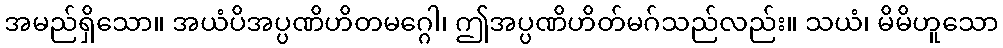
အမည်ရှိသော။ အယံပိအပ္ပဏိဟိတမဂ္ဂေါ၊ ဤအပ္ပဏိဟိတ်မဂ်သည်လည်း။ သယံ၊ မိမိဟူသော